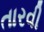
તારવી